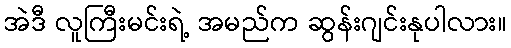
အဲဒီ လူကြီးမင်းရဲ့ အမည်က ဆွန်းဂျင်းနုပါလား။